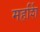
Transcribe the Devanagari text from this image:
महर्शि